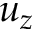
u _ { z }